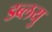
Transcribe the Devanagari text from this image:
डब्लयु